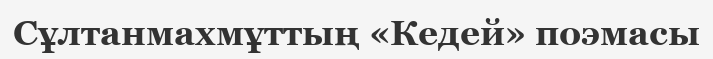
Сұлтанмахмұттың «Кедей» поэмасы